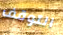
التوقف